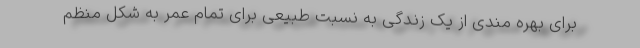
برای بهره مندی از یک زندگی به نسبت طبیعی برای تمام عمر به شکل منظم